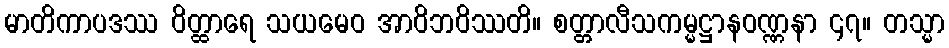
မာတိကာပဒဿ ဝိတ္ထာရေ သယမေဝ အာဝိဘဝိဿတိ။ စတ္တာလီသကမ္မဋ္ဌာနဝဏ္ဏနာ ၄၇။ တသ္မာ